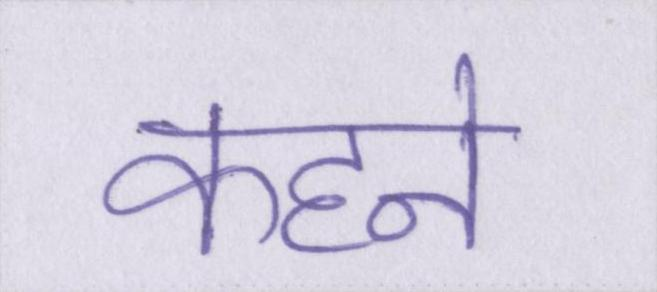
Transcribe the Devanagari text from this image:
कहने